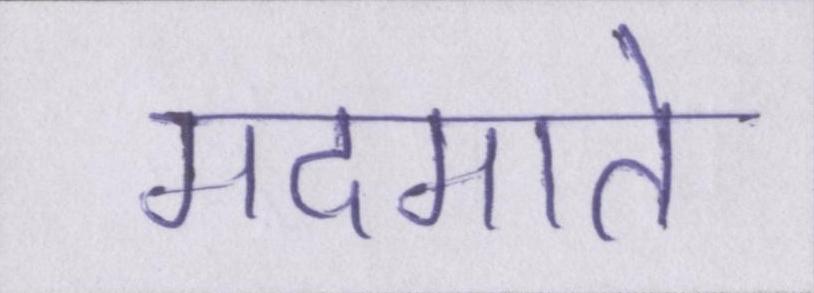
मदमाते